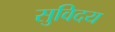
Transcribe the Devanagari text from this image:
सुविदय